Lunatic asylums Punjab 1868-1880 - 1868-1880
Year: 1868
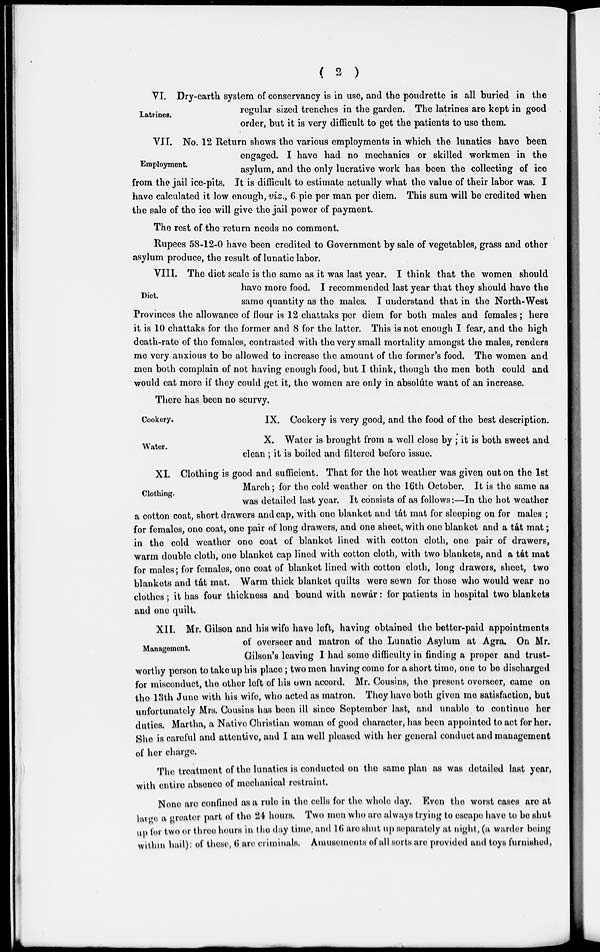
( 2 )
Latrines.
VI. Dry-earth system of conservancy is in use, and the poudrette is all buried in the
regular sized trenches in the garden. The latrines are kept in good
order, but it is very difficult to get the patients to use them.
Employment.
VII. No. 12 Return shows the various employments in which the lunatics have been
engaged. I have had no mechanics or skilled workmen in the
asylum, and the only lucrative work has been the collecting of ice
from the jail ice-pits. It is difficult to estimate actually what the value of their labor was. I
have calculated it low enough, viz., 6 pie per man per diem. This sum will be credited when
the sale of the ice will give the jail power of payment.
The rest of the return needs no comment.
Rupees 58-12-0 have been credited to Government by sale of vegetables, grass and other
asylum produce, the result of lunatic labor.
Diet.
VIII. The diet scale is the same as it was last year. I think that the women should
have more food. I recommended last year that they should have the
same quantity as the males. I understand that in the North-West
Provinces the allowance of flour is 12 chattaks per diem for both males and females; here
it is 10 chattaks for the former and 8 for the latter. This is not enough I fear, and the high
death-rate of the females, contrasted with the very small mortality amongst the males, renders
me very anxious to be allowed to increase the amount of the former's food. The women and
men both complain of not having enough food, but I think, though the men both could and
would eat more if they could get it, the women are only in absolúte want of an increase.
There has been no scurvy.
Cookery.
IX. Cookery is very good, and the food of the best description.
Water.
X. Water is brought from a well close by ; it is both sweet and
clean; it is boiled and filtered before issue.
Clothing.
XI Clothing is good and sufficient. That for the hot weather was given out on the 1st
March; for the cold weather on the 16th October. It is the same as
was detailed last year. It consists of as follows:—In the hot weather
a cotton coat, short drawers and cap, with one blanket and tát mat for sleeping on for males ;
for females, one coat, one pair of long drawers, and one sheet, with one blanket and a tat mat;
in the cold weather one coat of blanket lined with cotton cloth, one pair of drawers,
warm double cloth, one blanket cap lined with cotton cloth, with two blankets, and a tat mat
for males; for females, one coat of blanket lined with cotton cloth, long drawers, sheet, two
blankets and tát mat. Warm thick blanket quilts were sewn for those who would wear no
clothes; it has four thickness and bound with newár: for patients in hospital two blankets
and one quilt.
Management.
XII. Mr. Gilson and his wife have left, having obtained the better-paid appointments
of overseer and matron of the Lunatic Asylum at Agra. On Mr.
Gilson's leaving I had some difficulty in finding a proper and trust-
worthy person to take up his place; two men having come for a short time, one to be discharged
for misconduct, the other left of his own accord. Mr. Cousins, the present overseer, came on
the 13th June with his wife, who acted as matron. They have both given me satisfaction, but
unfortunately Mrs. Cousins has been ill since September last, and unable to continue her
duties. Martha, a Native Christian woman of good character, has been appointed to act for her.
She is careful and attentive, and I am well pleased with her general conduct and management
of her charge.
The treatment of the lunatics is conducted on the same plan as was detailed last year,
with entire absence of mechanical restraint.
None are confined as a rule in the cells for the whole day. Even the worst cases are at
large a greater part of the 24 hours. Two men who are always trying to escape have to be shut
up for two or three hours in the day time, and 16 are shut up separately at night, (a warder being
within hail): of these, 6 are criminals. Amusements of all sorts are provided and toys furnished,